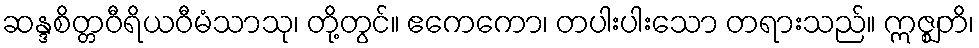
ဆန္ဒစိတ္တဝီရိယဝီမံသာသု၊ တို့တွင်။ ဧကေကော၊ တပါးပါးသော တရားသည်။ ဣဇ္ဈတိ၊